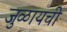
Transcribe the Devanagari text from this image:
जुळायची